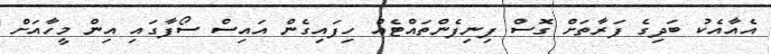
އެއާއެކު ބަދިގެ ފަރާތަށް ގޮސް ފިނިފެންތައްޓެއް ހިފައިގެން އައިސް ސޯފާގައި އިން މީހާއަށް